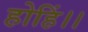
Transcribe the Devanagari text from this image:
होहिं।।